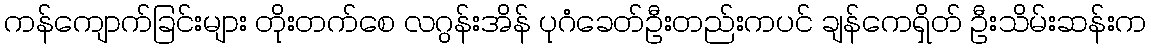
ကန်ကျောက်ခြင်းများ တိုးတက်စေ လဂွန်းအိန် ပုဂံခေတ်ဦးတည်းကပင် ချန်ကေရှိတ် ဦးသိမ်းဆန်းက